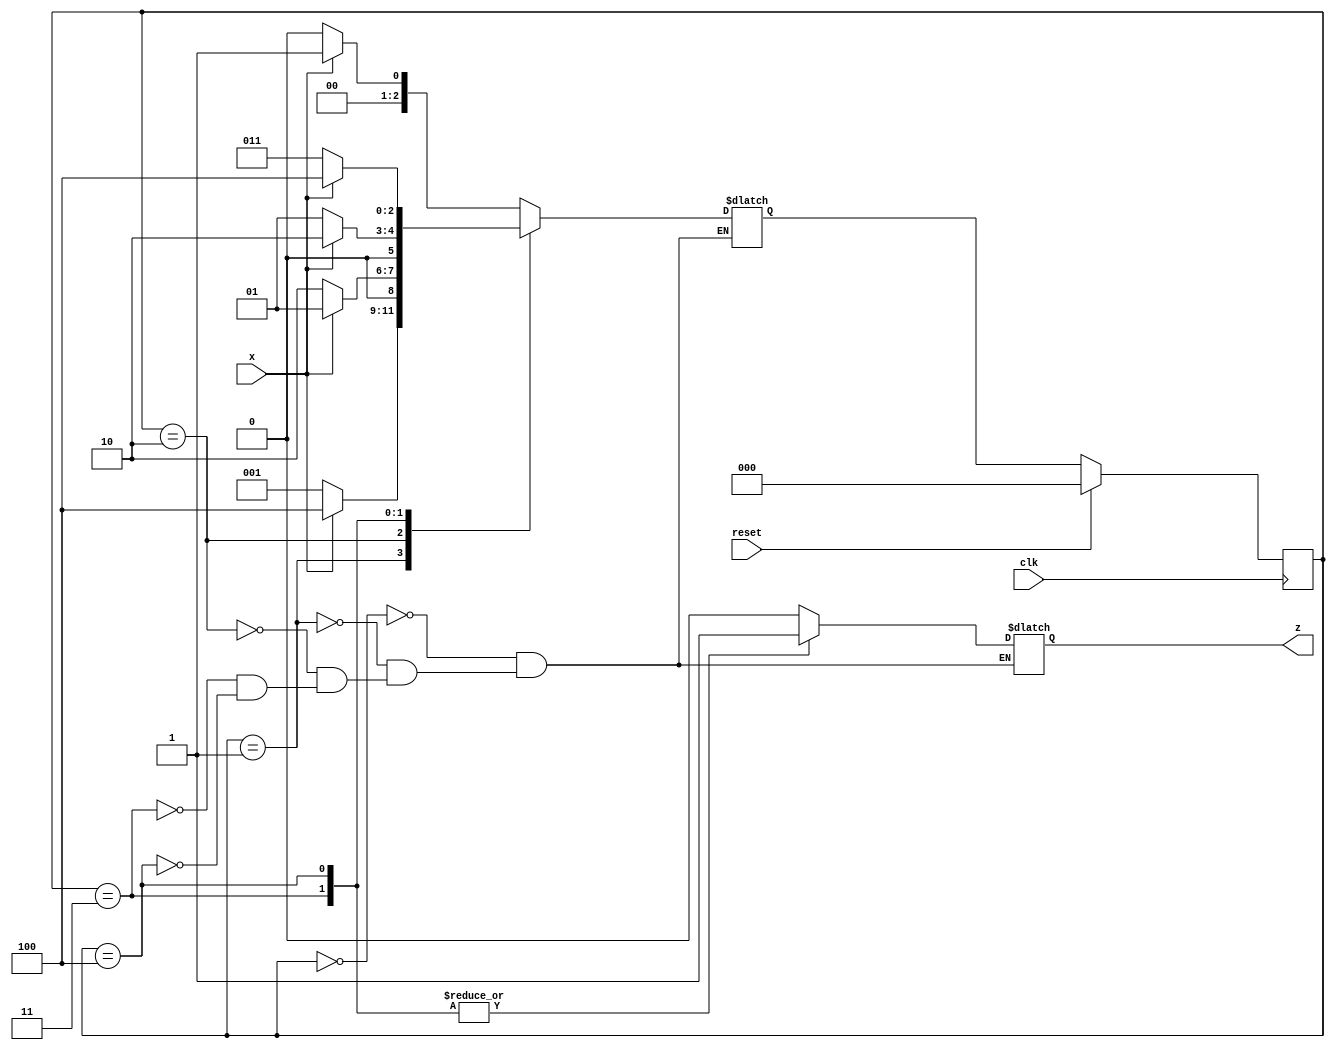
module top_module (
    input clk,
    input reset,   // Synchronous reset
    input x,
    output z
);

    parameter s0=3'b000, s1=3'b001, s2=3'b010, s3=3'b011, s4=3'b100;
    wire [2:0] state, next;
    
    // state transition logic
    always@(*)begin
        case(state)
            s0: next = x? s1:s0;
            s1: next = x? s4:s1;
            s2: next = x? s1:s2;
            s3: next = x? s2:s1;
            s4: next = x? s4:s3;
        endcase
    end
    
    // flip-flop and reset
    always@(posedge clk)begin
        if(reset)
            state <= s0;
        else
            state <= next;
    end
    
    // output
    always@(*)begin
        case(state)
            s0: z = 0;
            s1: z = 0;
            s2: z = 0;
            s3: z = 1;
            s4: z = 1;
        endcase
    end
    
endmodule